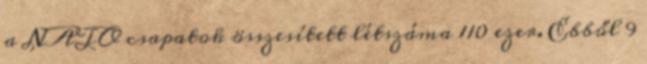
a NATO csapatok összesített létszáma 110 ezer. Ebből 9